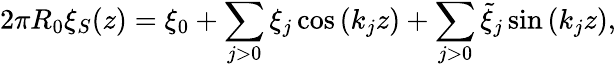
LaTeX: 2\pi R_{0}\xi_{S}(z)=\xi_{0}+\sum_{j>0}\xi_{j}\cos\left(k_{j}z\right)+\sum_{j>0}\tilde{\xi}_{j}\sin\left(k_{j}z\right),